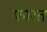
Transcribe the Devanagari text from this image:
फारत